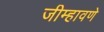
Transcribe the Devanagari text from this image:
जीम्हावणे